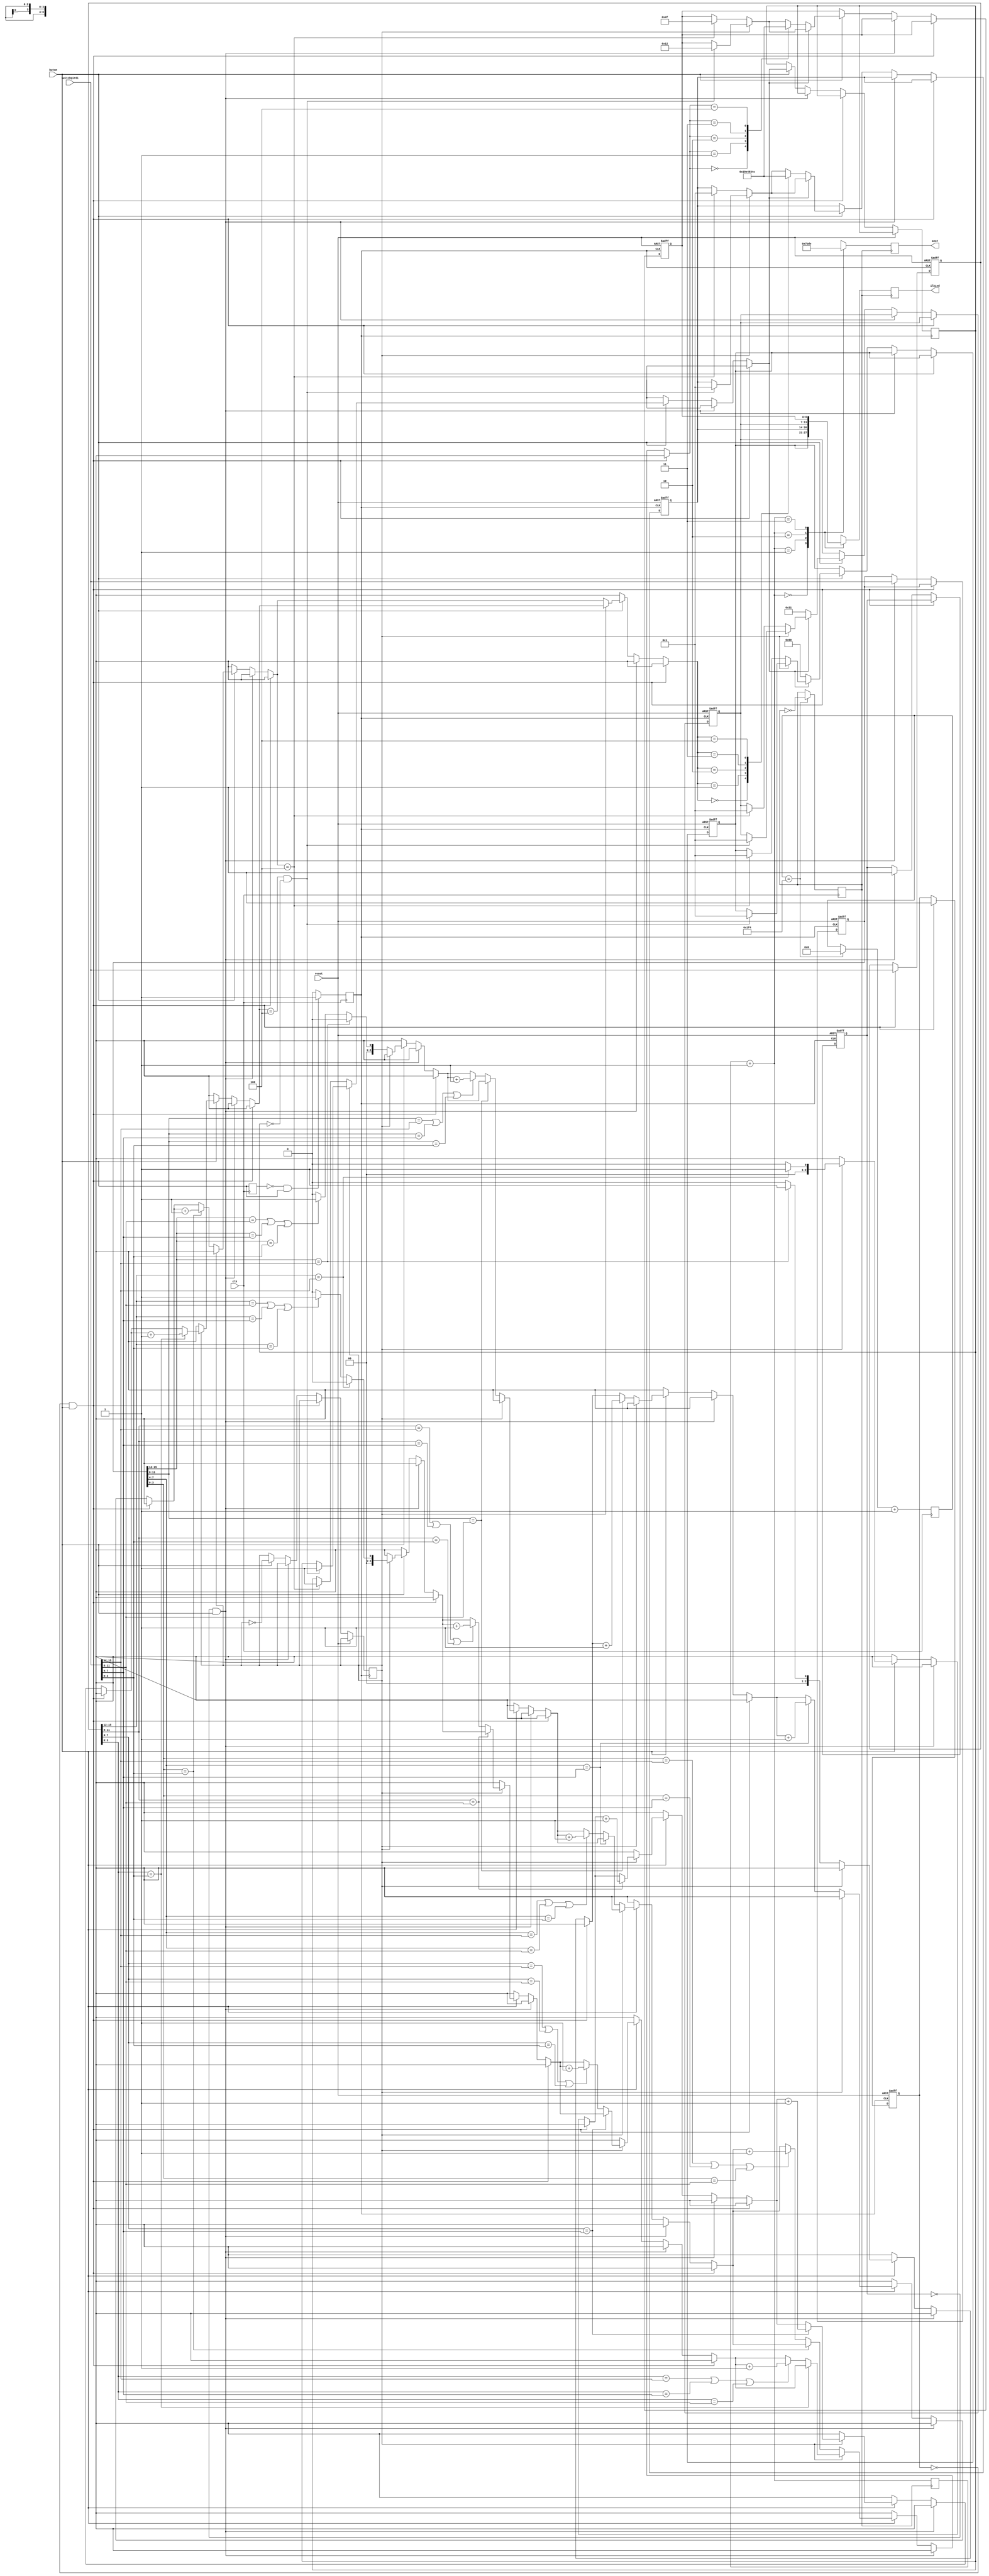
`timescale 1ns / 1ps
//////////////////////////////////////////////////////////////////////////////////
// Company: 
// Engineer: 
// 
// Design Name: 
// Module Name: sevenseg
// Project Name: 
// Target Devices: 
// Tool Versions: 
// Description: 
// 
// Dependencies: 
// 
// Revision:
// Revision 0.01 - File Created
// Additional Comments:
// 
//////////////////////////////////////////////////////////////////////////////////


`timescale 1ns / 1ps
module BaC(

    input clk,
    input [15:0]switchgirdi,
    //Bulls and Cows gsterilirken 7-seg disp'de 
    //ilk disp'de "b", ikinci disp'de bulls says
    //ucuncu disp'de "C", dorduncu disp'de cows says gsterilecek
    // B x C y formatnda yani (B ve C sabit olacak degerler. 
    // B = 11 C = 12 (1011 xxxx 1100 yyyy formatnda olmal)
    
    //Oyunculardan birincisi kazannca 0001, ikincisi kazannca 0002 gsterilecek
    output reg [6:0] ilkLed,
    
    
    
    output reg [3:0] anot,
    input reset,
    input buton
    //output reg[15:0] sonuc
);
    reg [6:0]birLed = 0;
    reg [6:0]ikiLed = 0;
    reg [6:0]ucLed = 0;
    reg [6:0]dortLed = 0;
    //Kullanclarn setii saylar
    // 4 4 4 4 olarak bitlere blnmeli
    reg[15:0] o1SecilenSayi;
    reg[15:0] o2SecilenSayi;
    
    //Mantk: 7 reglik 4 tane led giriliyor
    //Anot hangi ledin k vereceine karar veriyor (0100 -> 2. led demek)
    //reg [3:0] anot = 4'd0;
    

    //reg reset = 0;
    
    
    //7-seg disp iin local paramlar giriliyor
    // G'yi sona alacak sekilde. A = en anlaml
    localparam sifir = 7'b0000001;
    localparam bir = 7'b1001111;
    localparam iki = 7'b0010010;
    localparam uc = 7'b0000110;
    localparam dort = 7'b1001100;
    localparam bes = 7'b0100100;
    localparam alti = 7'b0100000;
    localparam yedi = 7'b0001111;
    localparam sekiz = 7'b0000000;
    localparam dokuz = 7'b0000100;
    localparam A = 7'b0001000;
    localparam B = 7'b1100000;
    localparam C = 7'b0110001;
    localparam D = 7'b1000010;
    localparam E = 7'b0110000;
    localparam F = 7'b0111000;
    
    
    //Clock yavalatmak iin gereken sreyi sayyor.
    reg[31:0] sayac = 0;
    reg yavas_clk = 0;
    
    
    
    //Oyuncularn saylarn girip girmediini tutuyor
    reg o1GirildiMi = 0;
    reg o2GirildiMi = 0; 
    
    //Switch'e girilen deer
    //reg [15:0]switchgirdi = 16'd0; // 16-13' ilk sayi her sayi 4 bit
 
    reg [1:0] ledler = 2'd0;
    reg [2:0] bulls =0;
    reg [2:0] cows=0;
    reg tur = 0; // 0 -> 1. oyuncu 1->2. oyuncu
    reg yeniclock;
    reg flag;
    //Bata oyuncular saylarn girmedii iin deer atamas
    
    initial begin
            flag = 0;
            anot = 4'b0111;
            ilkLed = bir;
            
            #100000000;
            
            anot = 4'b1011;
            ilkLed = iki;
            
            #100000000;     
            anot = 4'b1101;
            ilkLed = uc;
            #100000000;
            anot = 4'b1110;
            ilkLed = dort;
            
            anot = 4'b0000;
  
        o1GirildiMi = 0;
        o2GirildiMi = 0;
        
    end
    
//    // always icinde ledleri,switch degerine gre gncelleme fikri. ledleri atyacagz tek tek
//    always@(switchgirdi,reset) begin
//           anot = 4'b0001;
           
//           //lk 4 bit atanyor
//           case(switchgirdi[15:12])
//                0: ilkLed = sifir; 
//                1: ilkLed = bir; 
//                2: ilkLed = iki; 
//                3: ilkLed = uc; 
//                4: ilkLed = dort; 
//                5: ilkLed = bes; 
//                6: ilkLed = alti; 
//                7: ilkLed = yedi; 
//                8: ilkLed = sekiz; 
//                9: ilkLed = dokuz; 
//                10: ilkLed = A; 
//                11: ilkLed = B; 
//                12: ilkLed = C; 
//                13: ilkLed = D; 
//                14: ilkLed = E; 
//                15: ilkLed = F; 
//           endcase      
           
//           anot = 4'b1011;
           
//           //Ikinci 4 bit atanyor
//           case(switchgirdi[11:8])
//                0: ilkLed  = sifir; 
//                1: ilkLed = bir; 
//                2: ilkLed = iki; 
//                3: ilkLed = uc; 
//                4: ilkLed = dort; 
//                5: ilkLed = bes; 
//                6: ilkLed = alti; 
//                7: ilkLed = yedi; 
//                8: ilkLed = sekiz; 
//                9: ilkLed = dokuz; 
//                10: ilkLed = A; 
//                11: ilkLed = B; 
//                12: ilkLed = C; 
//                13: ilkLed = D; 
//                14: ilkLed = E; 
//                15: ilkLed = F;  
//           endcase 
//           anot = 4'b1101;
     
//           //Ucuncu 4 bit atanyor
//           case(switchgirdi[7:4])
//                0: ilkLed = sifir; 
//                1: ilkLed = bir; 
//                2: ilkLed = iki; 
//                3: ilkLed = uc; 
//                4: ilkLed = dort; 
//                5: ilkLed = bes; 
//                6: ilkLed = alti; 
//                7: ilkLed = yedi; 
//                8: ilkLed = sekiz; 
//                9: ilkLed = dokuz; 
//                10: ilkLed= A; 
//                11: ilkLed= B; 
//                12: ilkLed= C; 
//                13: ilkLed= D; 
//                14: ilkLed= E; 
//                15: ilkLed= F;  
//           endcase
           
//           anot = 4'b1110;
           
//           //Dorduncu 4 bit atanyor
//           case(switchgirdi[3:0])
//                0: ilkLed  = sifir; 
//                1: ilkLed  = bir; 
//                2: ilkLed = iki; 
//                3: ilkLed = uc; 
//                4: ilkLed = dort; 
//                5: ilkLed = bes; 
//                6: ilkLed = alti; 
//                7: ilkLed = yedi; 
//                8: ilkLed = sekiz; 
//                9: ilkLed = dokuz; 
//                10: ilkLed = A; 
//                11: ilkLed = B; 
//                12: ilkLed = C; 
//                13: ilkLed = D; 
//                14: ilkLed = E; 
//                15: ilkLed = F;  
//           endcase      
           
//    end
    reg eskibuton;
    
    reg [1:0] Led_activator;
    always@(posedge clk)begin
        if(eskibuton == 0 && buton ==1) yeniclock = 1;
        else yeniclock = 0;
        eskibuton = buton;
    end
    always@(posedge yavas_clk) begin
        Led_activator = Led_activator+1;
        case(Led_activator)
        2'b00 : begin ilkLed = birLed; anot = 4'b0111;#100;end
        2'b01 : begin ilkLed = ikiLed; anot = 4'b1011;#100;end
        2'b10 : begin ilkLed = ucLed; anot = 4'b1101;#100;end
        2'b11 : begin ilkLed = dortLed; anot = 4'b1110;#100;end
        
        endcase
        
    end
    // islemler burada yaplacak
    // reset atlrsa switchler o anki mekanik hallerinden baslayacak. anlk olarak ledler sfrlanacak. sonra switch degerlerine atanacak
    always @(posedge yeniclock or posedge reset) begin
        if(reset == 1) begin
            
            birLed = sifir;
            
            ikiLed = sifir;
            
            ucLed = sifir;
            
            dortLed = sifir;
            
            o1SecilenSayi = 0;
            o2SecilenSayi = 0;
            
            o1GirildiMi = 0;
            o2GirildiMi = 0;
            
            
            bulls = 0;
            cows = 0;
        end
        
        //Birinci oyuncunun seilen saysna switch'deki deer atanacak
        else if(o1GirildiMi == 0 && buton)begin
            o1SecilenSayi= switchgirdi;
            o1GirildiMi = 1;
            $display("o1seilen= " , o1SecilenSayi);
            //buton =0; 
        end
    
        //Iknc oyuncunun seilen saysna switch'deki deer atanacak
        else if(o2GirildiMi == 0 && buton)begin
            o2SecilenSayi= switchgirdi;
            o2GirildiMi = 1;
            $display("o2seilen= " , o2SecilenSayi);
            //buton =0;
        end
        
        //Oyuncularn saylar atand ve oyuna baland
        else if (buton)begin
        
            bulls = 0;
            cows = 0;
            
            //Birinci oyuncunun tahmin srasysa
            if(~tur) begin
                cows = 0;
                bulls = 0;
                //Bulls ve Cows saylar saylyor
                if(o2SecilenSayi[15:12] == switchgirdi[15:12]) begin
                    bulls = bulls+1;
                end
                
                else if(o2SecilenSayi[15:12] == switchgirdi[11:8] ||o2SecilenSayi[15:12] == switchgirdi[7:4] || o2SecilenSayi[15:12] == switchgirdi[3:0]) begin
                   cows = cows+1;
                end
                
                if(o2SecilenSayi[11:8] == switchgirdi[11:8]) begin
                   bulls = bulls+1;
                end
                
                else if(o2SecilenSayi[11:8] == switchgirdi[15:12] ||o2SecilenSayi[11:8] == switchgirdi[7:4] ||o2SecilenSayi[11:8] == switchgirdi[3:0]) begin
                   cows = cows+1;
                end
                
                if(o2SecilenSayi[7:4] == switchgirdi[7:4]) begin
                   bulls = bulls+1;
                end
                
                else if(o2SecilenSayi[7:4] == switchgirdi[15:12] ||o2SecilenSayi[7:4] == switchgirdi[11:8] ||o2SecilenSayi[7:4] == switchgirdi[3:0]) begin
                   cows = cows+1;
                end
                
                if(o2SecilenSayi[3:0] == switchgirdi[3:0]) begin
                   bulls = bulls+1;
                end
                
                else if(o2SecilenSayi[3:0] == switchgirdi[15:12] ||o2SecilenSayi[3:0] == switchgirdi[7:4] ||o2SecilenSayi[3:0] == switchgirdi[11:8]) begin
                   cows = cows+1;
                end
                
                //Birinci oyuncu sayy bulduysa 7-seg disp de 0001 yazyor
                if(bulls ==3'd4) begin
                   
                   birLed = sifir;
                   
                   ikiLed = sifir;
                   
                   ucLed = sifir;
                   
                   dortLed = bir;
                   flag = 1;
                end
                
            end
            
            //Ikinci oyuncunun tahmin srasysa
            else begin
                
                //Bulls ve Cows saylar saylyor
                if(o1SecilenSayi[15:12] == switchgirdi[15:12]) begin
                    bulls = bulls+1;
                end
                
                else if(o1SecilenSayi[15:12] == switchgirdi[11:8] ||o1SecilenSayi[15:12] == switchgirdi[7:4] || o1SecilenSayi[15:12] == switchgirdi[3:0]) begin
                   cows = cows+1;
                end
                
                if(o1SecilenSayi[11:8] == switchgirdi[11:8]) begin
                   bulls = bulls+1;
                end
                
                else if(o1SecilenSayi[11:8] == switchgirdi[15:12] ||o1SecilenSayi[11:8] == switchgirdi[7:4] ||o1SecilenSayi[11:8] == switchgirdi[3:0]) begin
                   cows = cows+1;
                end
                
                if(o1SecilenSayi[7:4] == switchgirdi[7:4]) begin
                   bulls = bulls+1;
                end
                
                else if(o1SecilenSayi[7:4] == switchgirdi[15:12] ||o1SecilenSayi[7:4] == switchgirdi[11:8] ||o1SecilenSayi[7:4] == switchgirdi[3:0]) begin
                   cows = cows+1;
                end
                
                if(o1SecilenSayi[3:0] == switchgirdi[3:0]) begin
                   bulls = bulls+1;
                end
                
                else if(o1SecilenSayi[3:0] == switchgirdi[15:12] ||o1SecilenSayi[3:0] == switchgirdi[7:4] ||o1SecilenSayi[3:0] == switchgirdi[11:8]) begin
                   cows = cows+1;
                end
                
                //Ikinci oyuncu sayy bulduysa 7-seg disp de 0002 yazyor
                if(bulls ==3'd4 && flag == 0) begin
                   
                   birLed = sifir;
                   
                   ikiLed = sifir;
                   
                   ucLed = sifir;
                   
                   dortLed = iki;
                   flag = 1;
                end
            end
            
            //Ka tane bulls ve cows olduu ledlerde gsteriliyor
            if(flag == 1'b0)begin
            birLed = B;
            
            case(bulls)
                0: ikiLed  = sifir; 
                1: ikiLed = bir; 
                2: ikiLed = iki; 
                3: ikiLed = uc; 
                4: ikiLed = dort; 
            endcase 
            
            ucLed = C;
            
            case(cows)
                0: dortLed  = sifir; 
                1: dortLed = bir; 
                2: dortLed = iki; 
                3: dortLed = uc; 
                4: dortLed = dort; 
            endcase 
            end
            //anot = 4'b0000;
            //Tur sras dier oyuncuya geiyor
            tur = ~tur;
            //buton = 0;
            end
    end
    
    
    // clk yavaslatmak. her saniyede 1 posedge olacak sekilde
    always @(posedge clk )begin
        if(sayac==10**3/2) begin
            sayac = 0;
            yavas_clk=~yavas_clk;
        end
        sayac = sayac+1;
    end
    
endmodule